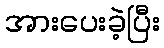
အားပေးခဲ့ပြီး